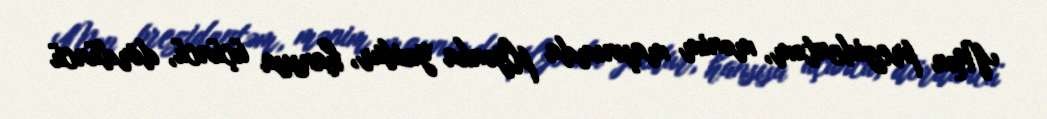
Mən prezidentəm, mənim maşınımda plyonka yoxdur, hansısa üçüncü, dördüncü